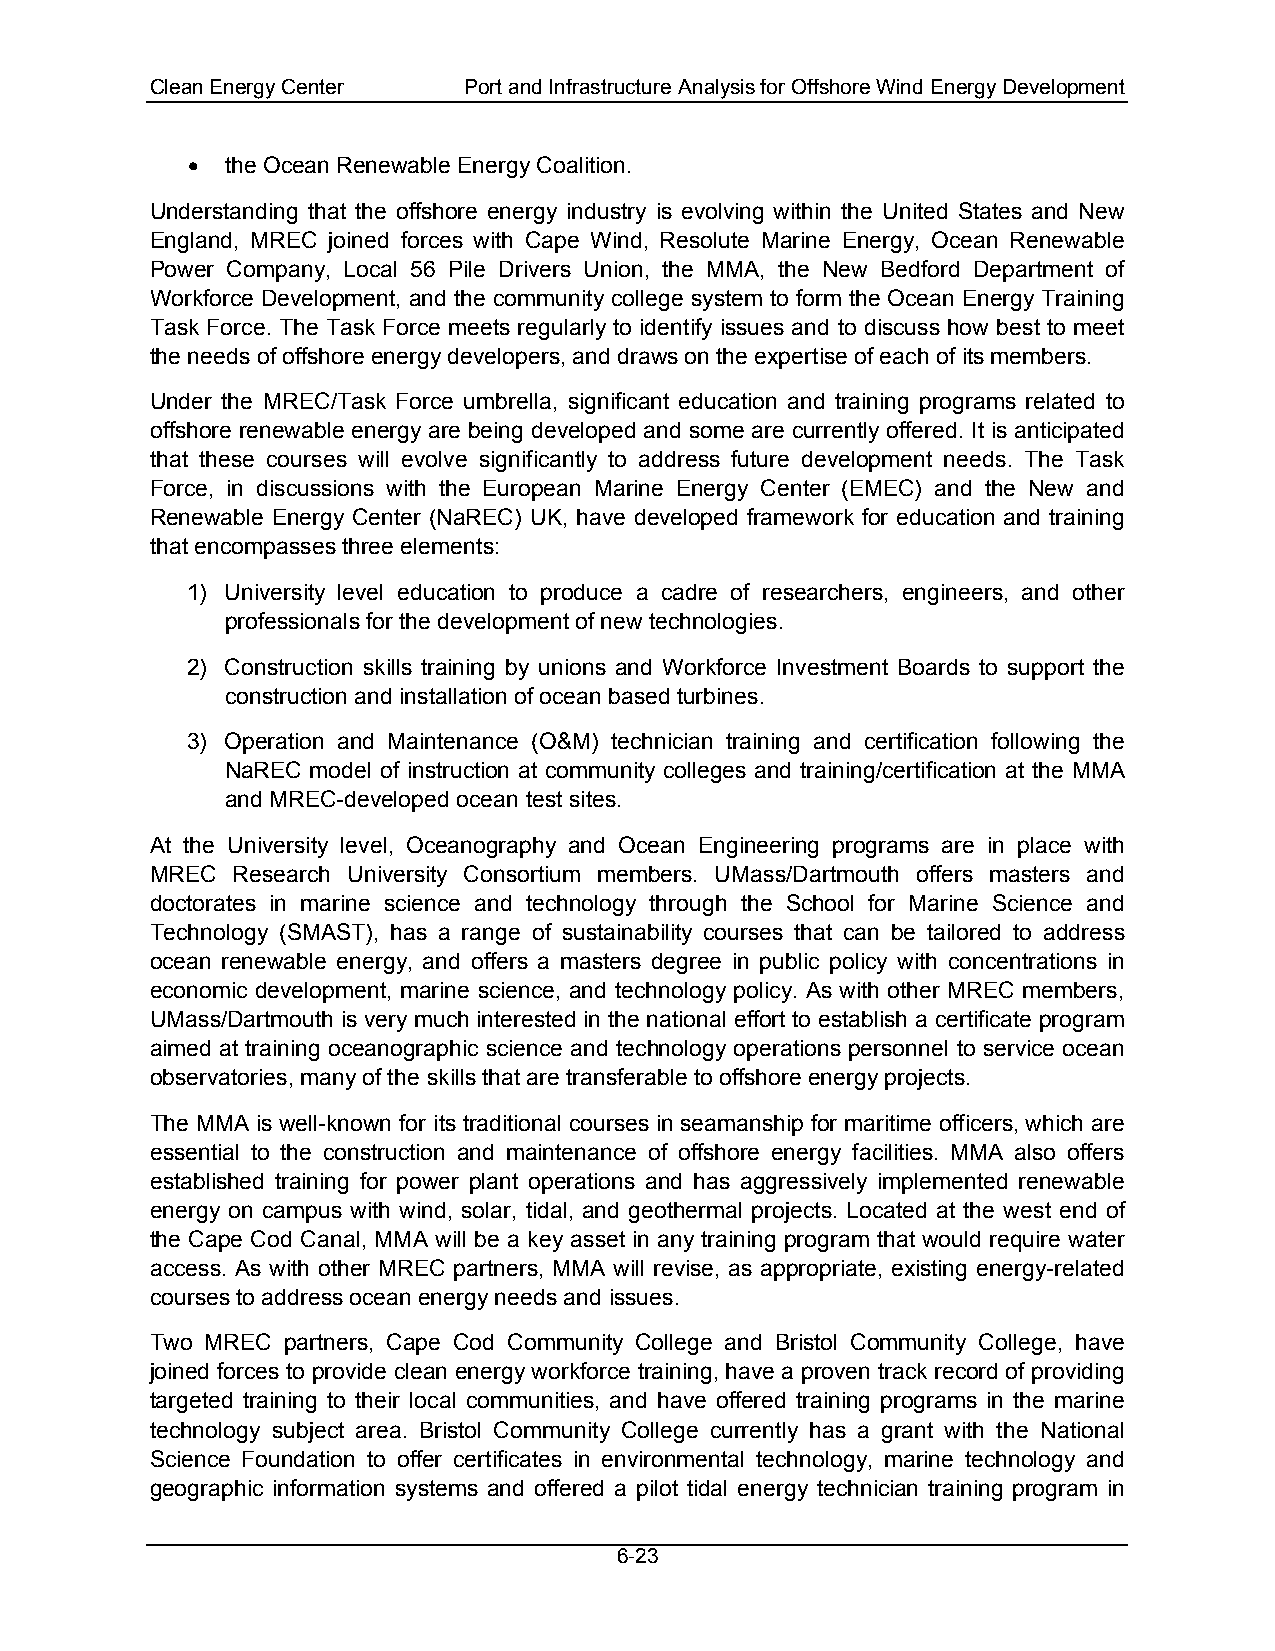
Clean Energy Center  Port and Infrastructure Analysis for Offshore Wind Energy Development
 •  the Ocean Renewable Energy Coalition.
 Understanding that the offshore energy industry is evolving within the United States and New
 England, MREC joined forces with Cape Wind, Resolute Marine Energy, Ocean Renewable
 Power Company, Local 56 Pile Drivers Union, the MMA, the New Bedford Department of
 Workforce Development, and the community college system to form the Ocean Energy Training
 Task Force. The Task Force meets regularly to identify issues and to discuss how best to meet
 the needs of offshore energy developers, and draws on the expertise of each of its members.
 Under the MREC/Task Force umbrella, significant education and training programs related to
 offshore renewable energy are being developed and some are currently offered. It is anticipated
 that these courses will evolve significantly to address future development needs. The Task
 Force, in discussions with the European Marine Energy Center (EMEC) and the New and
 Renewable Energy Center (NaREC) UK, have developed framework for education and training
 that encompasses three elements:
 1) University level education to produce a cadre of researchers, engineers, and other
 professionals for the development of new technologies.
 2) Construction skills training by unions and Workforce Investment Boards to support the
 construction and installation of ocean based turbines.
 3) Operation and Maintenance (O&M) technician training and certification following the
 NaREC model of instruction at community colleges and training/certification at the MMA
 and MREC-developed ocean test sites.
 At the University level, Oceanography and Ocean Engineering programs are in place with
 MREC Research University Consortium members. UMass/Dartmouth offers masters and
 doctorates in marine science and technology through the School for Marine Science and
 Technology (SMAST), has a range of sustainability courses that can be tailored to address
 ocean renewable energy, and offers a masters degree in public policy with concentrations in
 economic development, marine science, and technology policy. As with other MREC members,
 UMass/Dartmouth is very much interested in the national effort to establish a certificate program
 aimed at training oceanographic science and technology operations personnel to service ocean
 observatories, many of the skills that are transferable to offshore energy projects.
 The MMA is well-known for its traditional courses in seamanship for maritime officers, which are
 essential to the construction and maintenance of offshore energy facilities. MMA also offers
 established training for power plant operations and has aggressively implemented renewable
 energy on campus with wind, solar, tidal, and geothermal projects. Located at the west end of
 the Cape Cod Canal, MMA will be a key asset in any training program that would require water
 access. As with other MREC partners, MMA will revise, as appropriate, existing energy-related
 courses to address ocean energy needs and issues.
 Two MREC partners, Cape Cod Community College and Bristol Community College, have
 joined forces to provide clean energy workforce training, have a proven track record of providing
 targeted training to their local communities, and have offered training programs in the marine
 technology subject area. Bristol Community College currently has a grant with the National
 Science Foundation to offer certificates in environmental technology, marine technology and
 geographic information systems and offered a pilot tidal energy technician training program in
 6-23